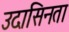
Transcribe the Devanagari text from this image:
उदासिनता